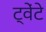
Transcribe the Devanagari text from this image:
ट्वेंटे